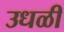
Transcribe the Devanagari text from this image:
उधळी